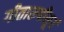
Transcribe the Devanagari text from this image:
गीतारूपीसूर्य